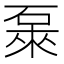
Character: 𥓜